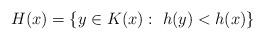
LaTeX: \begin{align*}H(x)=\{y\in K(x):~h(y)<h(x)\}\end{align*}